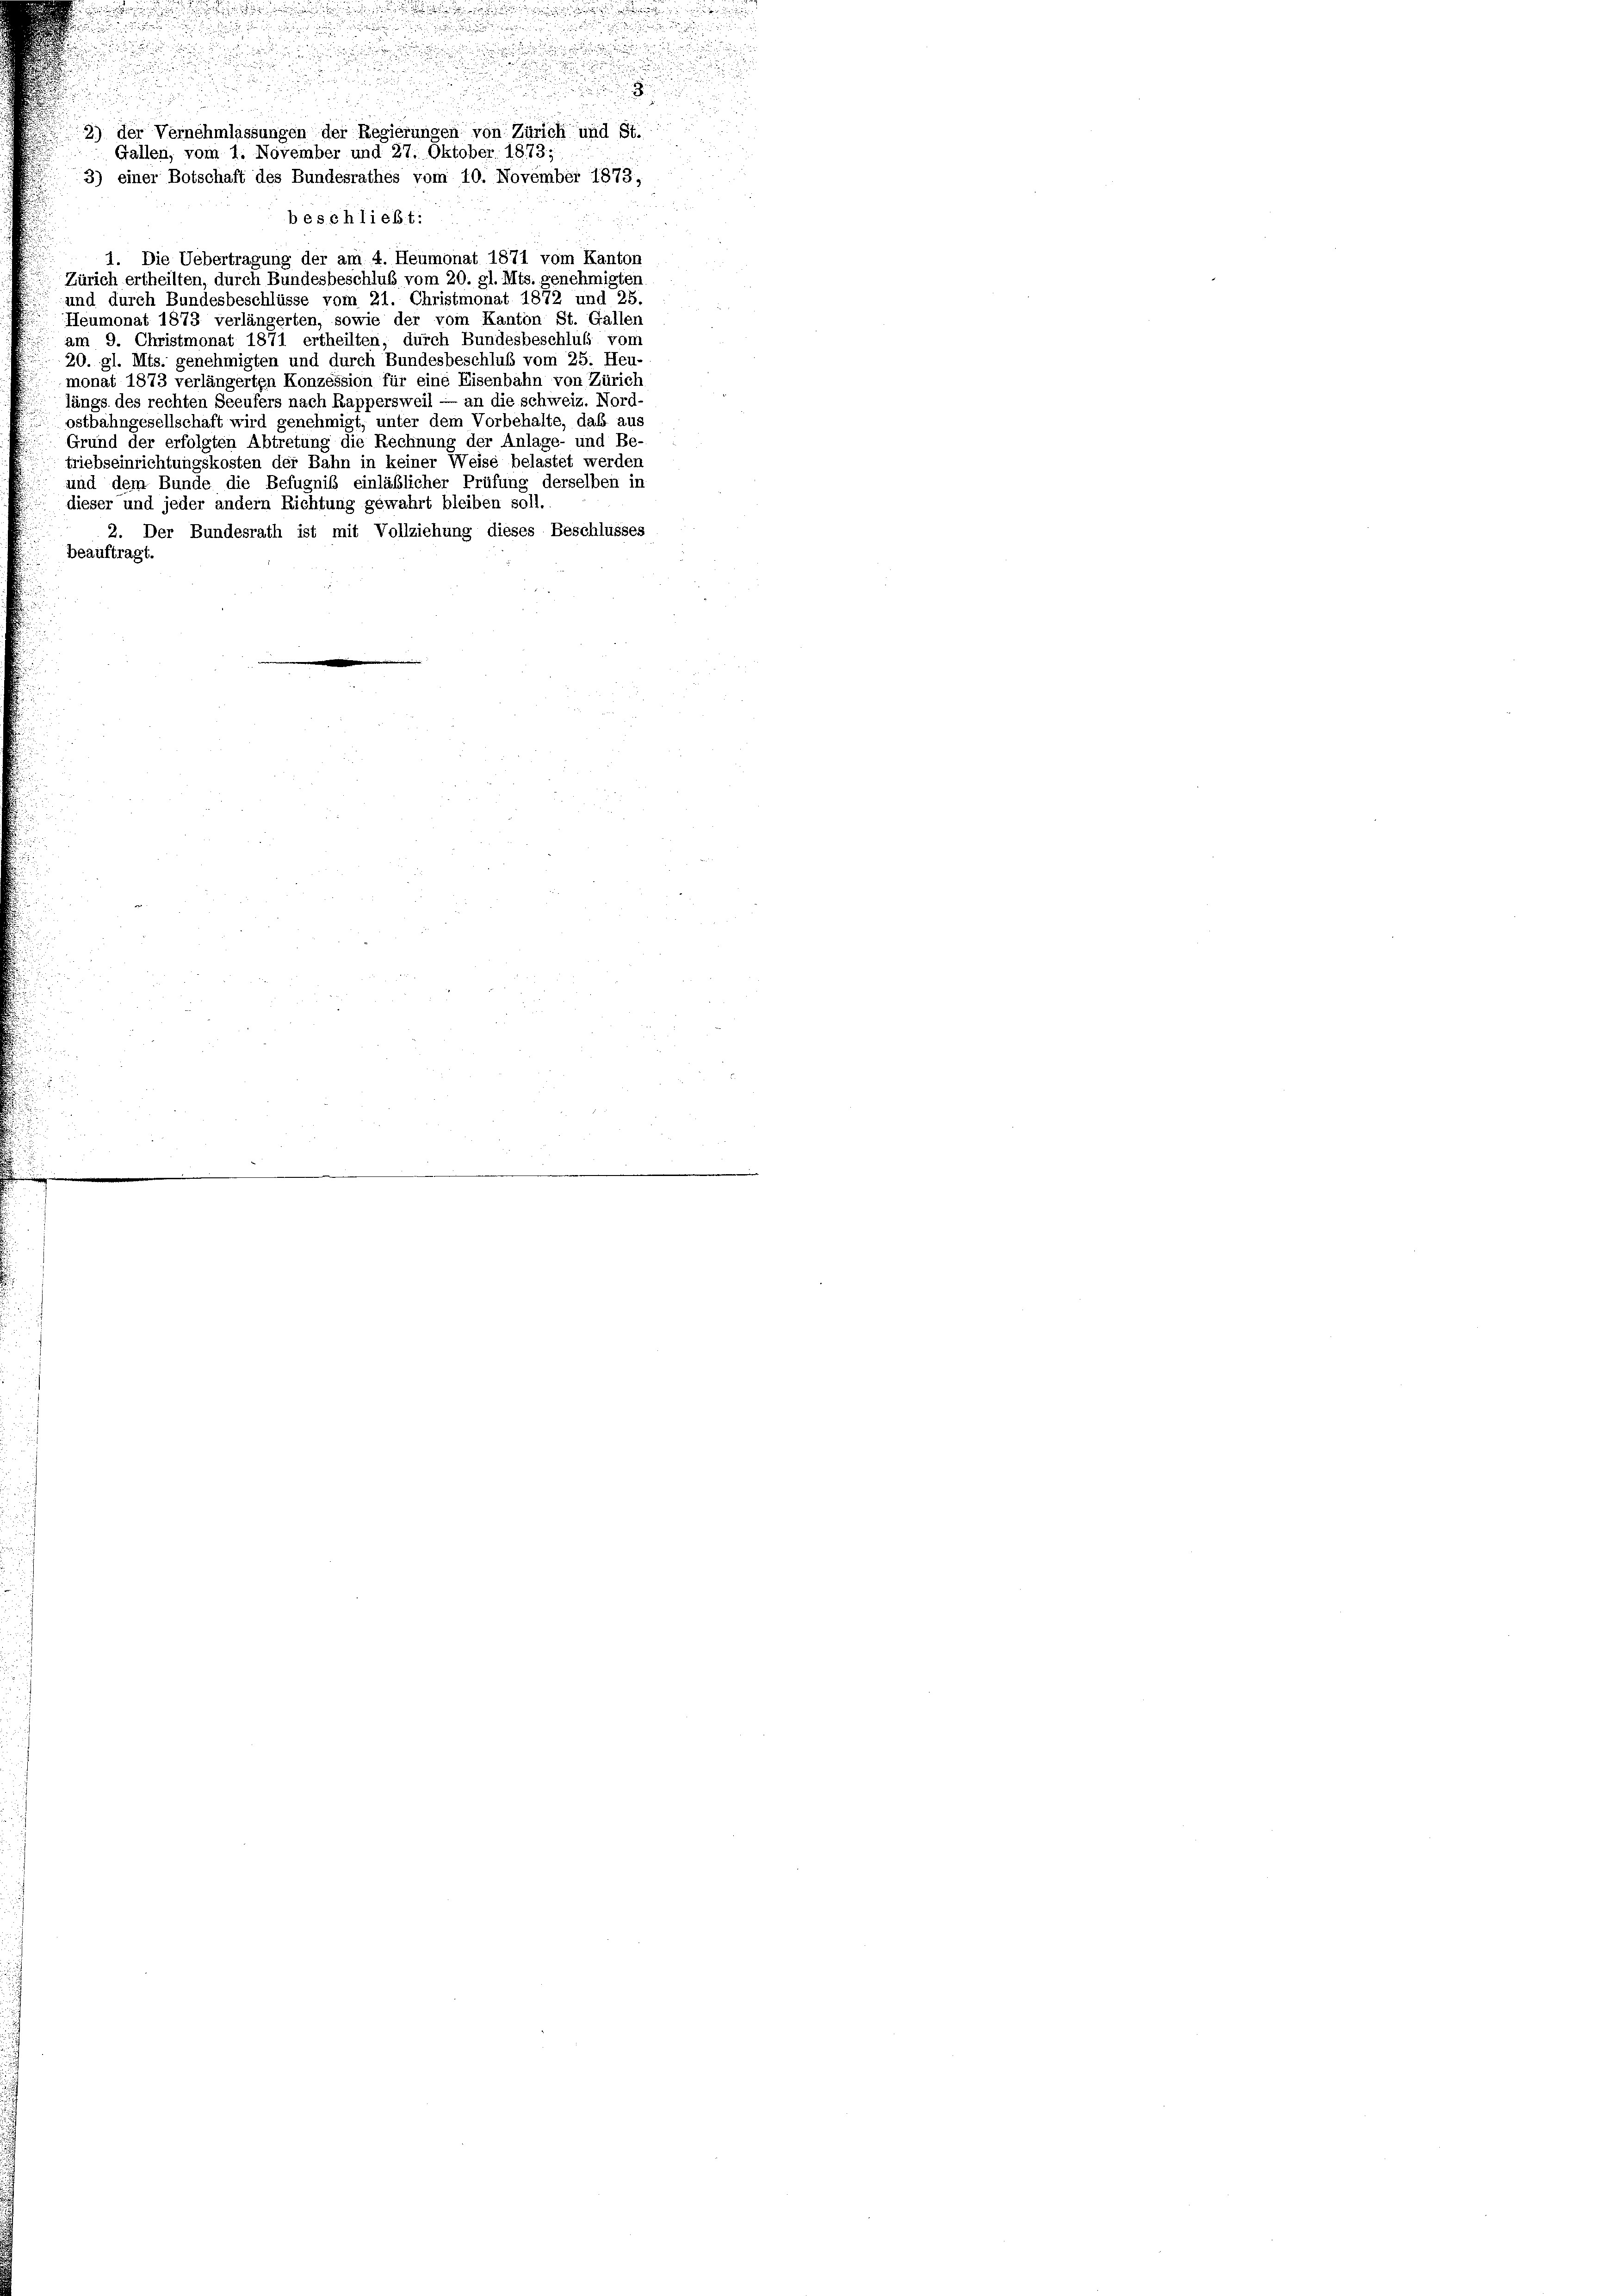
beschließt:
2
1. Die Uebertragung der am 4. Heumonat 1871 vom Kanton
Zürich ertheilten, durch Bundesbeschluß vom 20. gl. Mts. genehmigter
und durch Bundesbeschlüsse vom 21. Christmonat 1872 und 25.
Heumonat 1873 verlängerten, sowie der vom Kanton St. Gallen
am 9. Christmonat 1871 ertheilten, durch Bundesbeschluß vom
20. gl. Mts. genehmigten und durch Bundesbeschluß vom 25. Heu-
monat 1873 verlängerten Konzession für eine Eisenbahn von Zürich,
längs des rechten Seeufers nach Rappersweil — an die schweiz. Nord-
ostbahngesellschaft wird genehmigt, unter dem Vorbehalte, daß aus
Grund der erfolgten Abtretung die Rechnung der Anlage- und Be-
triebseinrichtungskosten der Bahn in keiner Weise belastet werden
und dem Bunde die Befugnis einläßlicher Prüfung derselben in
dieser und jeder andern Richtung gewahrt bleiben soll.
2. Der Bundesrath ist mit Vollziehung dieses Beschlusses
beauftragt.

3) der Vernehmlassungen der Regierungen von Zürich und St.
Gallen, vom 1. November und 27. Oktober. 1873;

3) einer Botschaft des Bundesrathes vom 10. November 1873,